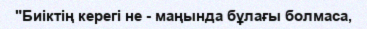
"Биіктің керегі не - маңында бұлағы болмаса,